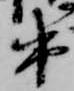
出